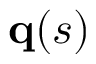
\mathbf { q } ( s )